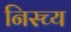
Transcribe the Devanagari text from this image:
निस्च्य